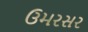
ઉમરસર